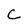
Character: C